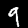
Label: 9